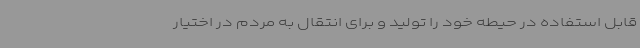
قابل استفاده در حیطه خود را تولید و برای انتقال به مردم در اختیار